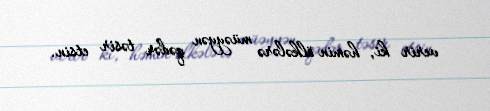
verir ki, həmin ölkələrə müəyyən qədər təsir etsin.